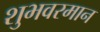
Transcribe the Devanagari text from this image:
शुभवरमान